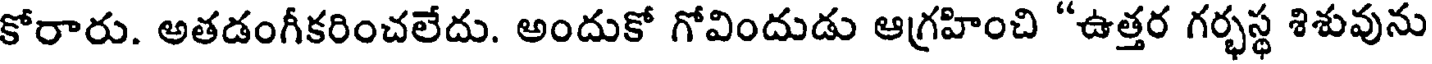
కోరారు. అతడంగీకరించలేదు. అందుకో గోవిందుడు ఆగ్రహించి "ఉత్తర గర్భస్థ శిశువును